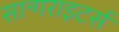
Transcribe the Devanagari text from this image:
सान्गराइटर्स